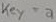
Text: key=a